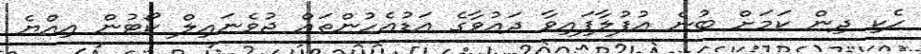
ހެކި ދިން ކަމަށް ބުނެ އުފުލާފައިވާ ދައުވާގެ އަޑުއެހުންތައް ޖުވެނައިލް ކޯޓުން އިއްޔެ